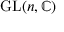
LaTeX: { \mathrm { G L } } ( n , \mathbb { C } )